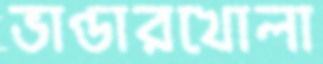
ভাণ্ডারখোলা